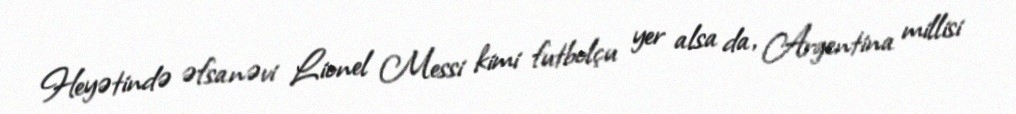
Heyətində əfsanəvi Lionel Messi kimi futbolçu yer alsa da, Argentina millisi